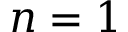
n = 1